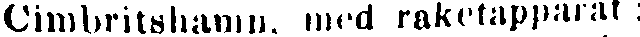
Cimbritshamn, med raketapparat :